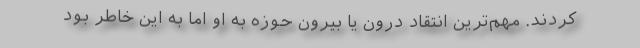
کردند. مهم‌ترین انتقاد درون یا بیرون حوزه به او اما به این خاطر بود